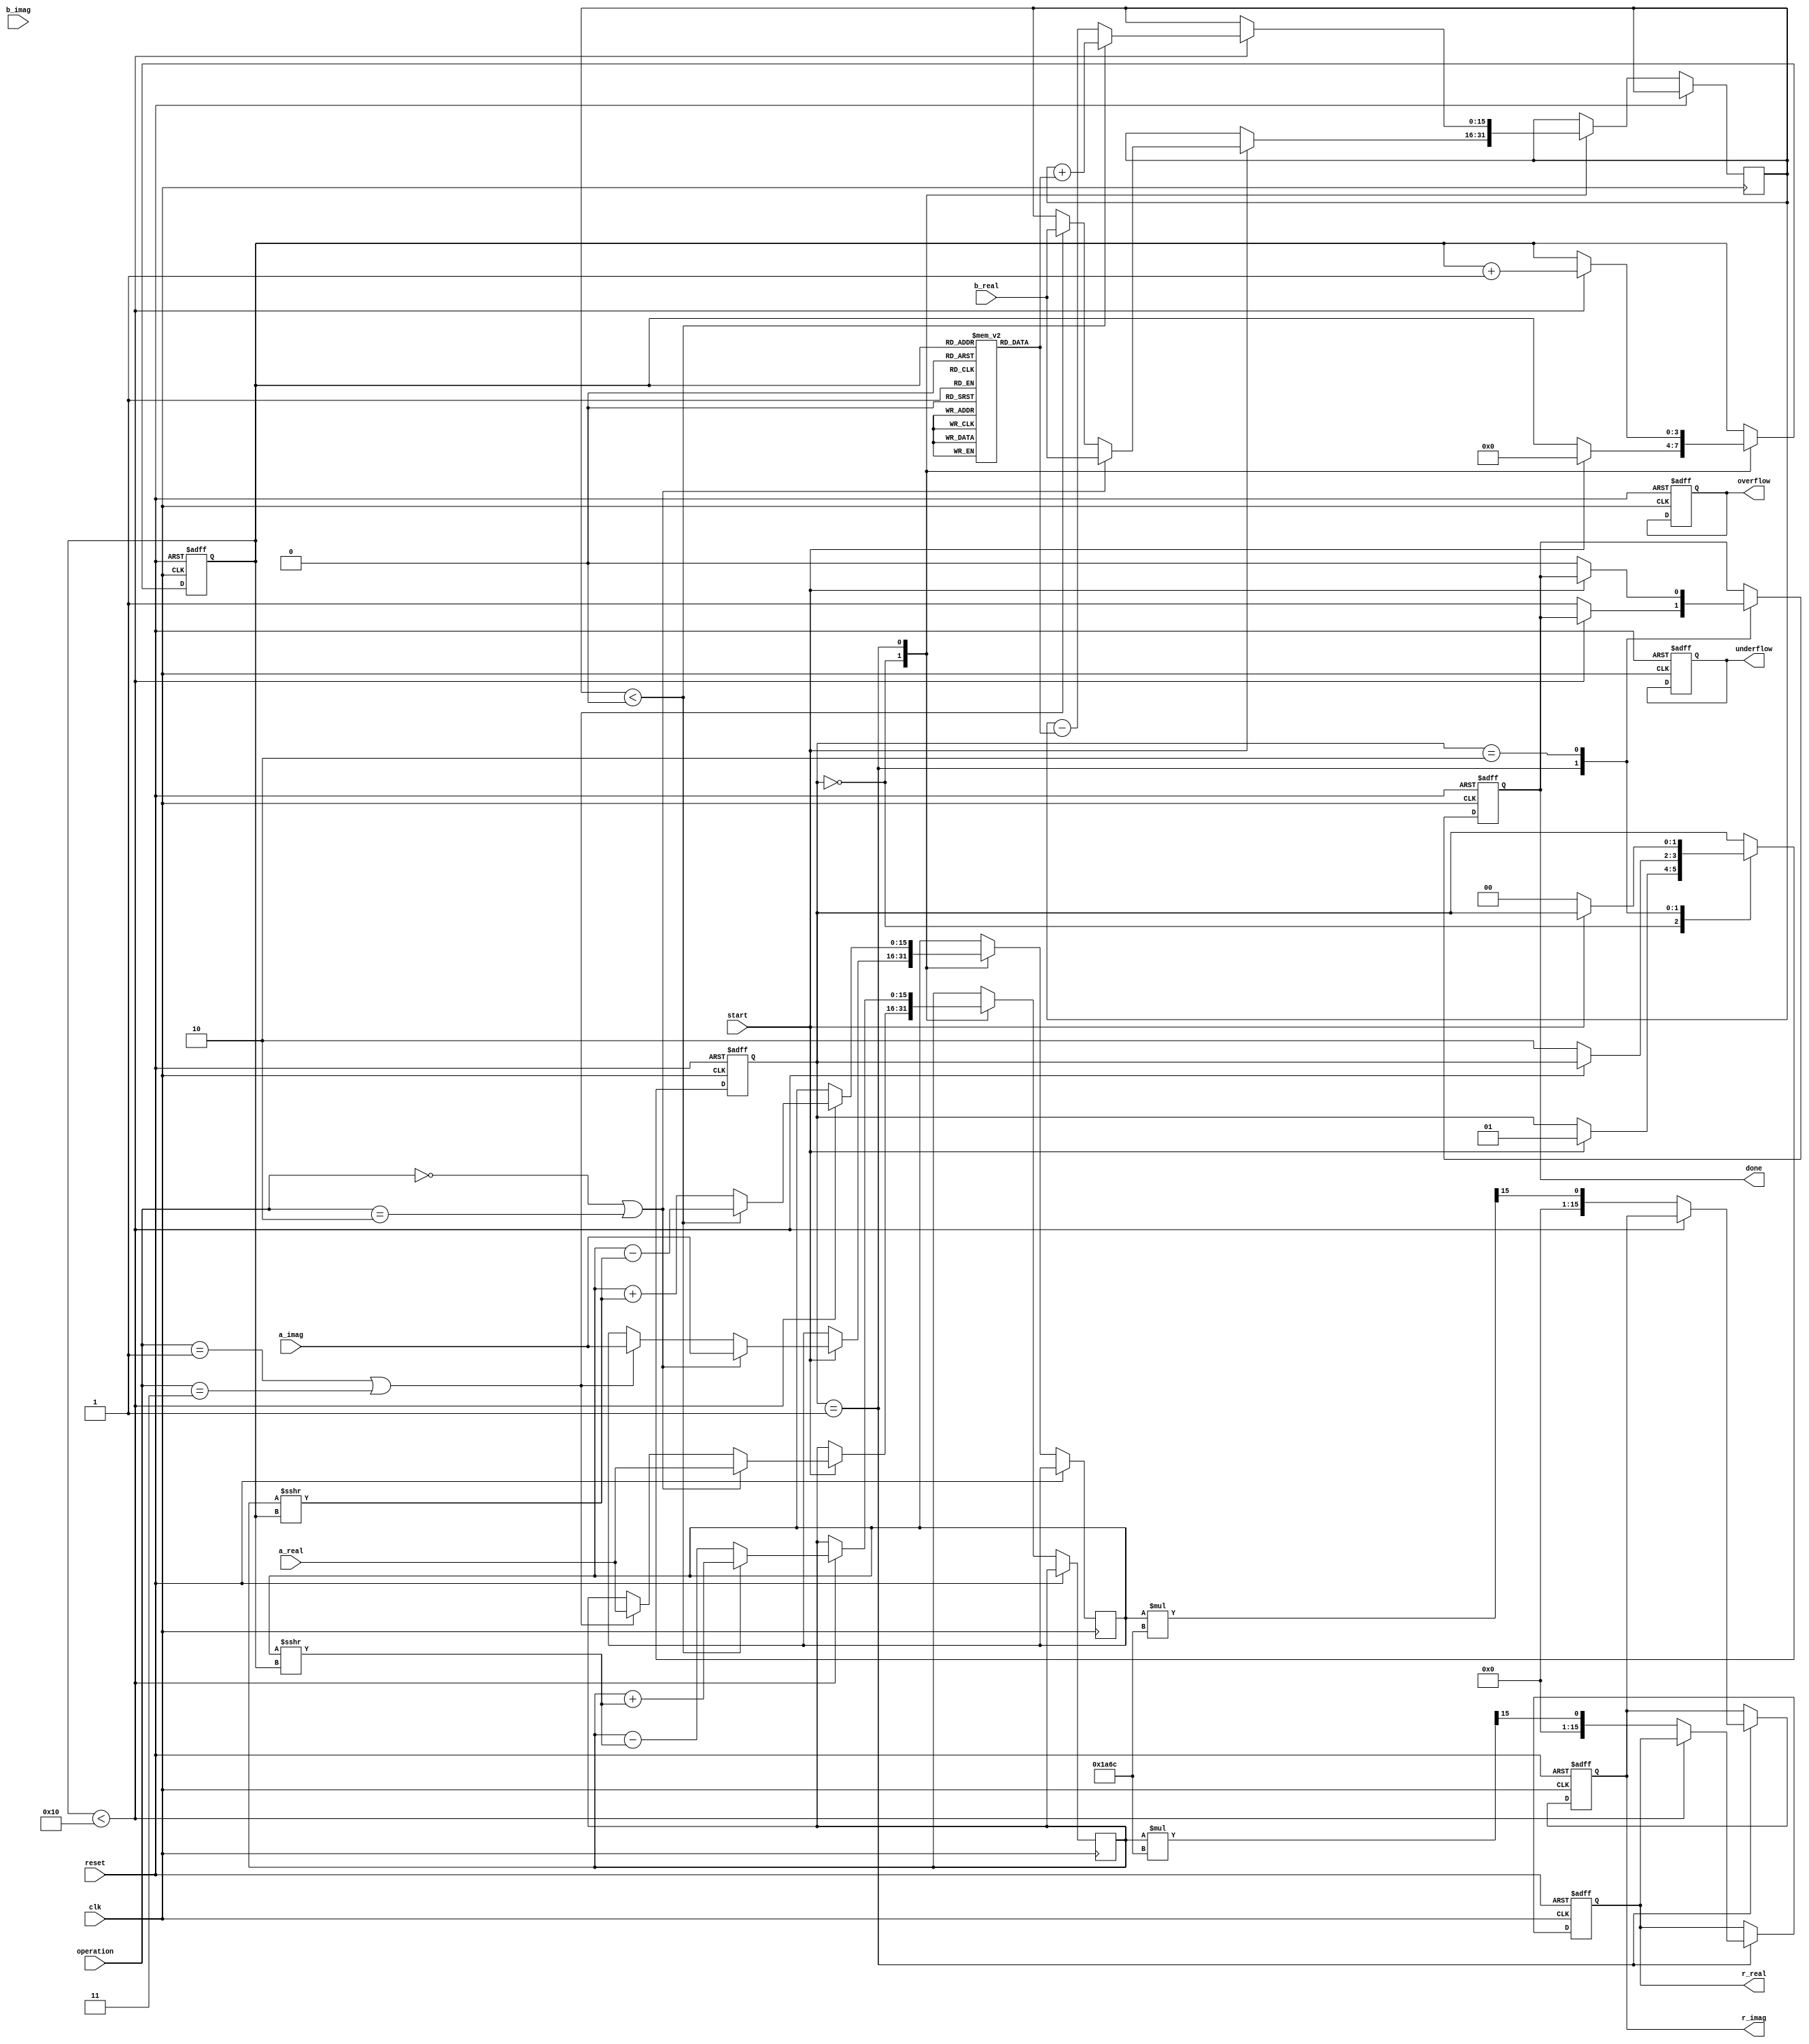
module complex_cordic (
    input wire clk,
    input wire reset,
    input wire start,
    input wire [15:0] a_real,
    input wire [15:0] a_imag,
    input wire [15:0] b_real,
    input wire [15:0] b_imag,
    input wire [1:0] operation, // 00: Rotation, 01: Vectoring, 10: Multiplication, 11: Division
    output reg [15:0] r_real,
    output reg [15:0] r_imag,
    output reg done,
    output reg overflow,
    output reg underflow
);

    // Parameters
    parameter NUM_ITERATIONS = 16;
    parameter CORDIC_GAIN = 16'h1A6C; // Example gain factor (scaling)

    // Internal registers
    reg [15:0] x, y, z; // x, y for real and imaginary parts, z for angle
    reg [3:0] iteration_count;
    reg [1:0] state;
    
    // FSM States
    localparam IDLE = 2'b00;
    localparam COMPUTE = 2'b01;
    localparam DONE = 2'b10;

    // CORDIC angle lookup table (for simplicity, using fixed values)
    reg [15:0] atan_table [0:NUM_ITERATIONS-1];

    initial begin
        // Initialize arctangent values for CORDIC
        atan_table[0] = 16'h2000; // atan(2^-0)
        atan_table[1] = 16'h1000; // atan(2^-1)
        atan_table[2] = 16'h0800; // atan(2^-2)
        atan_table[3] = 16'h0400; // atan(2^-3)
        // ... continue filling the table for all iterations
    end

    // State Machine
    always @(posedge clk or posedge reset) begin
        if (reset) begin
            state <= IDLE;
            done <= 0;
            iteration_count <= 0;
            r_real <= 0;
            r_imag <= 0;
            overflow <= 0;
            underflow <= 0;
        end else begin
            case (state)
                IDLE: begin
                    if (start) begin
                        // Initialize values based on operation
                        if (operation == 2'b00 || operation == 2'b10) begin // Rotation or Multiplication
                            x <= a_real;
                            y <= a_imag;
                            z <= b_real; // Angle for rotation
                        end else if (operation == 2'b01 || operation == 2'b11) begin // Vectoring or Division
                            x <= a_real;
                            y <= a_imag;
                            z <= b_real; // Angle for vectoring
                        end
                        iteration_count <= 0;
                        state <= COMPUTE;
                    end
                end
                
                COMPUTE: begin
                    if (iteration_count < NUM_ITERATIONS) begin
                        // CORDIC Iteration Logic
                        if (z < 0) begin
                            // Rotate counter-clockwise
                            x <= x + (y >>> iteration_count);
                            y <= y - (x >>> iteration_count);
                            z <= z + atan_table[iteration_count];
                        end else begin
                            // Rotate clockwise
                            x <= x - (y >>> iteration_count);
                            y <= y + (x >>> iteration_count);
                            z <= z - atan_table[iteration_count];
                        end
                        iteration_count <= iteration_count + 1;
                    end else begin
                        // Final scaling
                        r_real <= x * CORDIC_GAIN >>> 15; // Adjust for scaling
                        r_imag <= y * CORDIC_GAIN >>> 15; // Adjust for scaling
                        done <= 1;
                        state <= DONE;
                    end
                end
                
                DONE: begin
                    // Wait for reset or new operation
                    if (!start) begin
                        state <= IDLE;
                        done <= 0;
                    end
                end
            endcase
        end
    end

endmodule